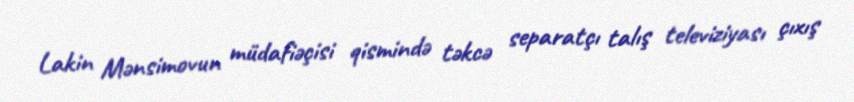
Lakin Mənsimovun müdafiəçisi qismində təkcə separatçı talış televiziyası çıxış